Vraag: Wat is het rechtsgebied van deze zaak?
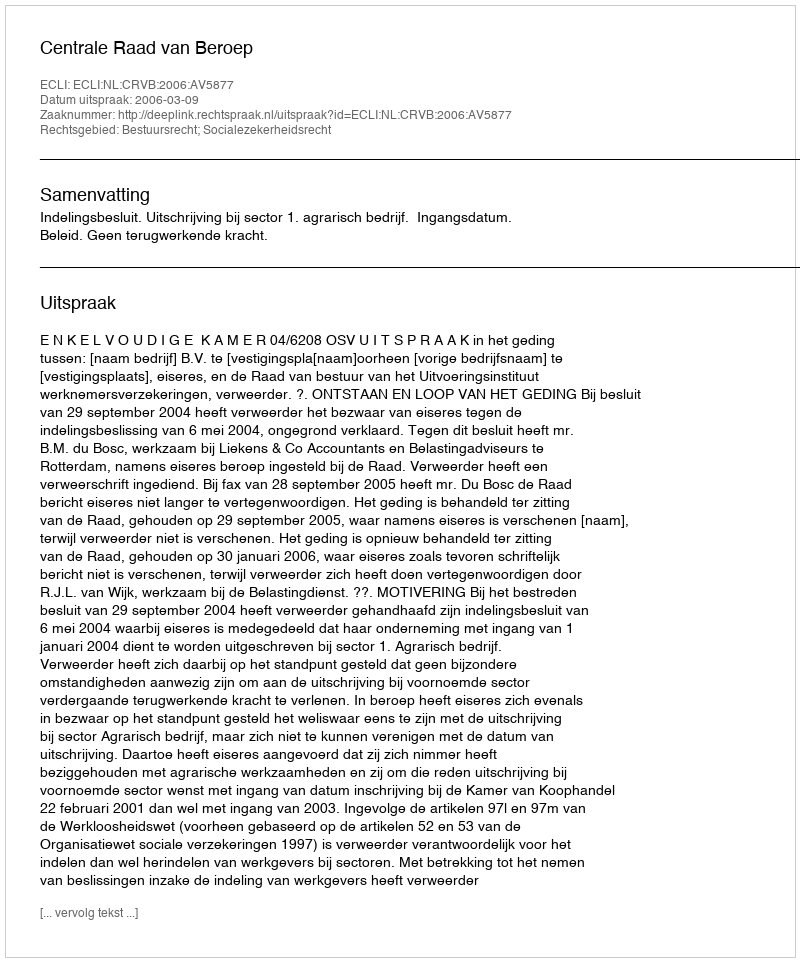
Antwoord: Bestuursrecht; Socialezekerheidsrecht